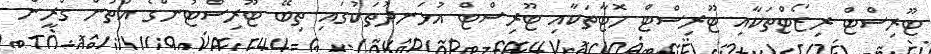
ޓޫރިސްޓް ރިޒޯޓްތަކާއި ޓޫރިސްޓް ހޮޓާތަކާއި ޓޫރިސްޓް އުޅަނދުތަކުގައި ތިބޭ ޓޫރިސްޓުންގެ އަތުން ގްރީން